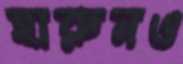
হারুনও